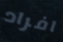
افراد